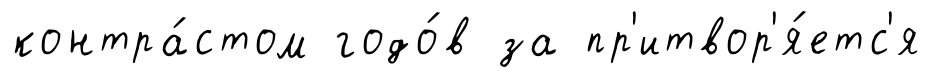
контра́стом годо́в за пр'итвор'я́етс'я